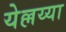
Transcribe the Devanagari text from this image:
येल्लय्या